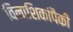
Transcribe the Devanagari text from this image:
विनाशिकांपैकी